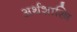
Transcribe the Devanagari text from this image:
अर्थशास्त्रि